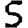
Digit: 5